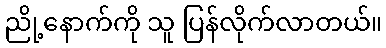
ညို့နောက်ကို သူ ပြန်လိုက်လာတယ်။